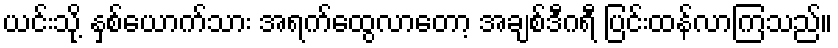
ယင်းသို့ နှစ်ယောက်သား အရက်ထွေလာတော့ အချစ်ဒီဂရီ ပြင်းထန်လာကြသည်။